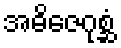
အဓိဇေဂုစ္ဆံ